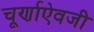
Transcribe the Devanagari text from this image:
चूर्णाऐवजी